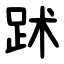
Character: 䟣